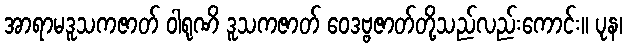
အာရာမဒူသကဇာတ် ဝါရုဏိ ဒူသကဇာတ် ဝေဒဗ္ဗဇာတ်တို့သည်လည်းကောင်း။ ပုန၊